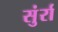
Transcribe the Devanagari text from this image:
सुंर्रा